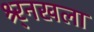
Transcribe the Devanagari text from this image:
श्र्र्नखला